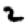
Digit: 2